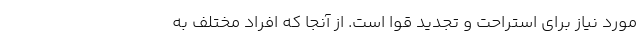
مورد نیاز برای استراحت و تجدید قوا است. از آنجا که افراد مختلف به